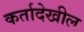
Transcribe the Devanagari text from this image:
कर्तादेखील